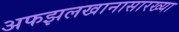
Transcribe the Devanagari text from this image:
अफझलखानासारख्या